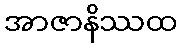
အာဇာနိဿထ